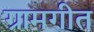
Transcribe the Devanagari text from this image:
ग्रामगीत